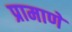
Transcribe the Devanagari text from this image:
प्रामाणे